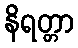
နိရတ္တာ